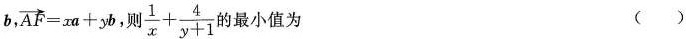
b， $$\overrightarrow{AF}=xa+yb$$ ，则 $$\frac{1}{x}+ \frac{4}{y+1}$$ 最小值为（）